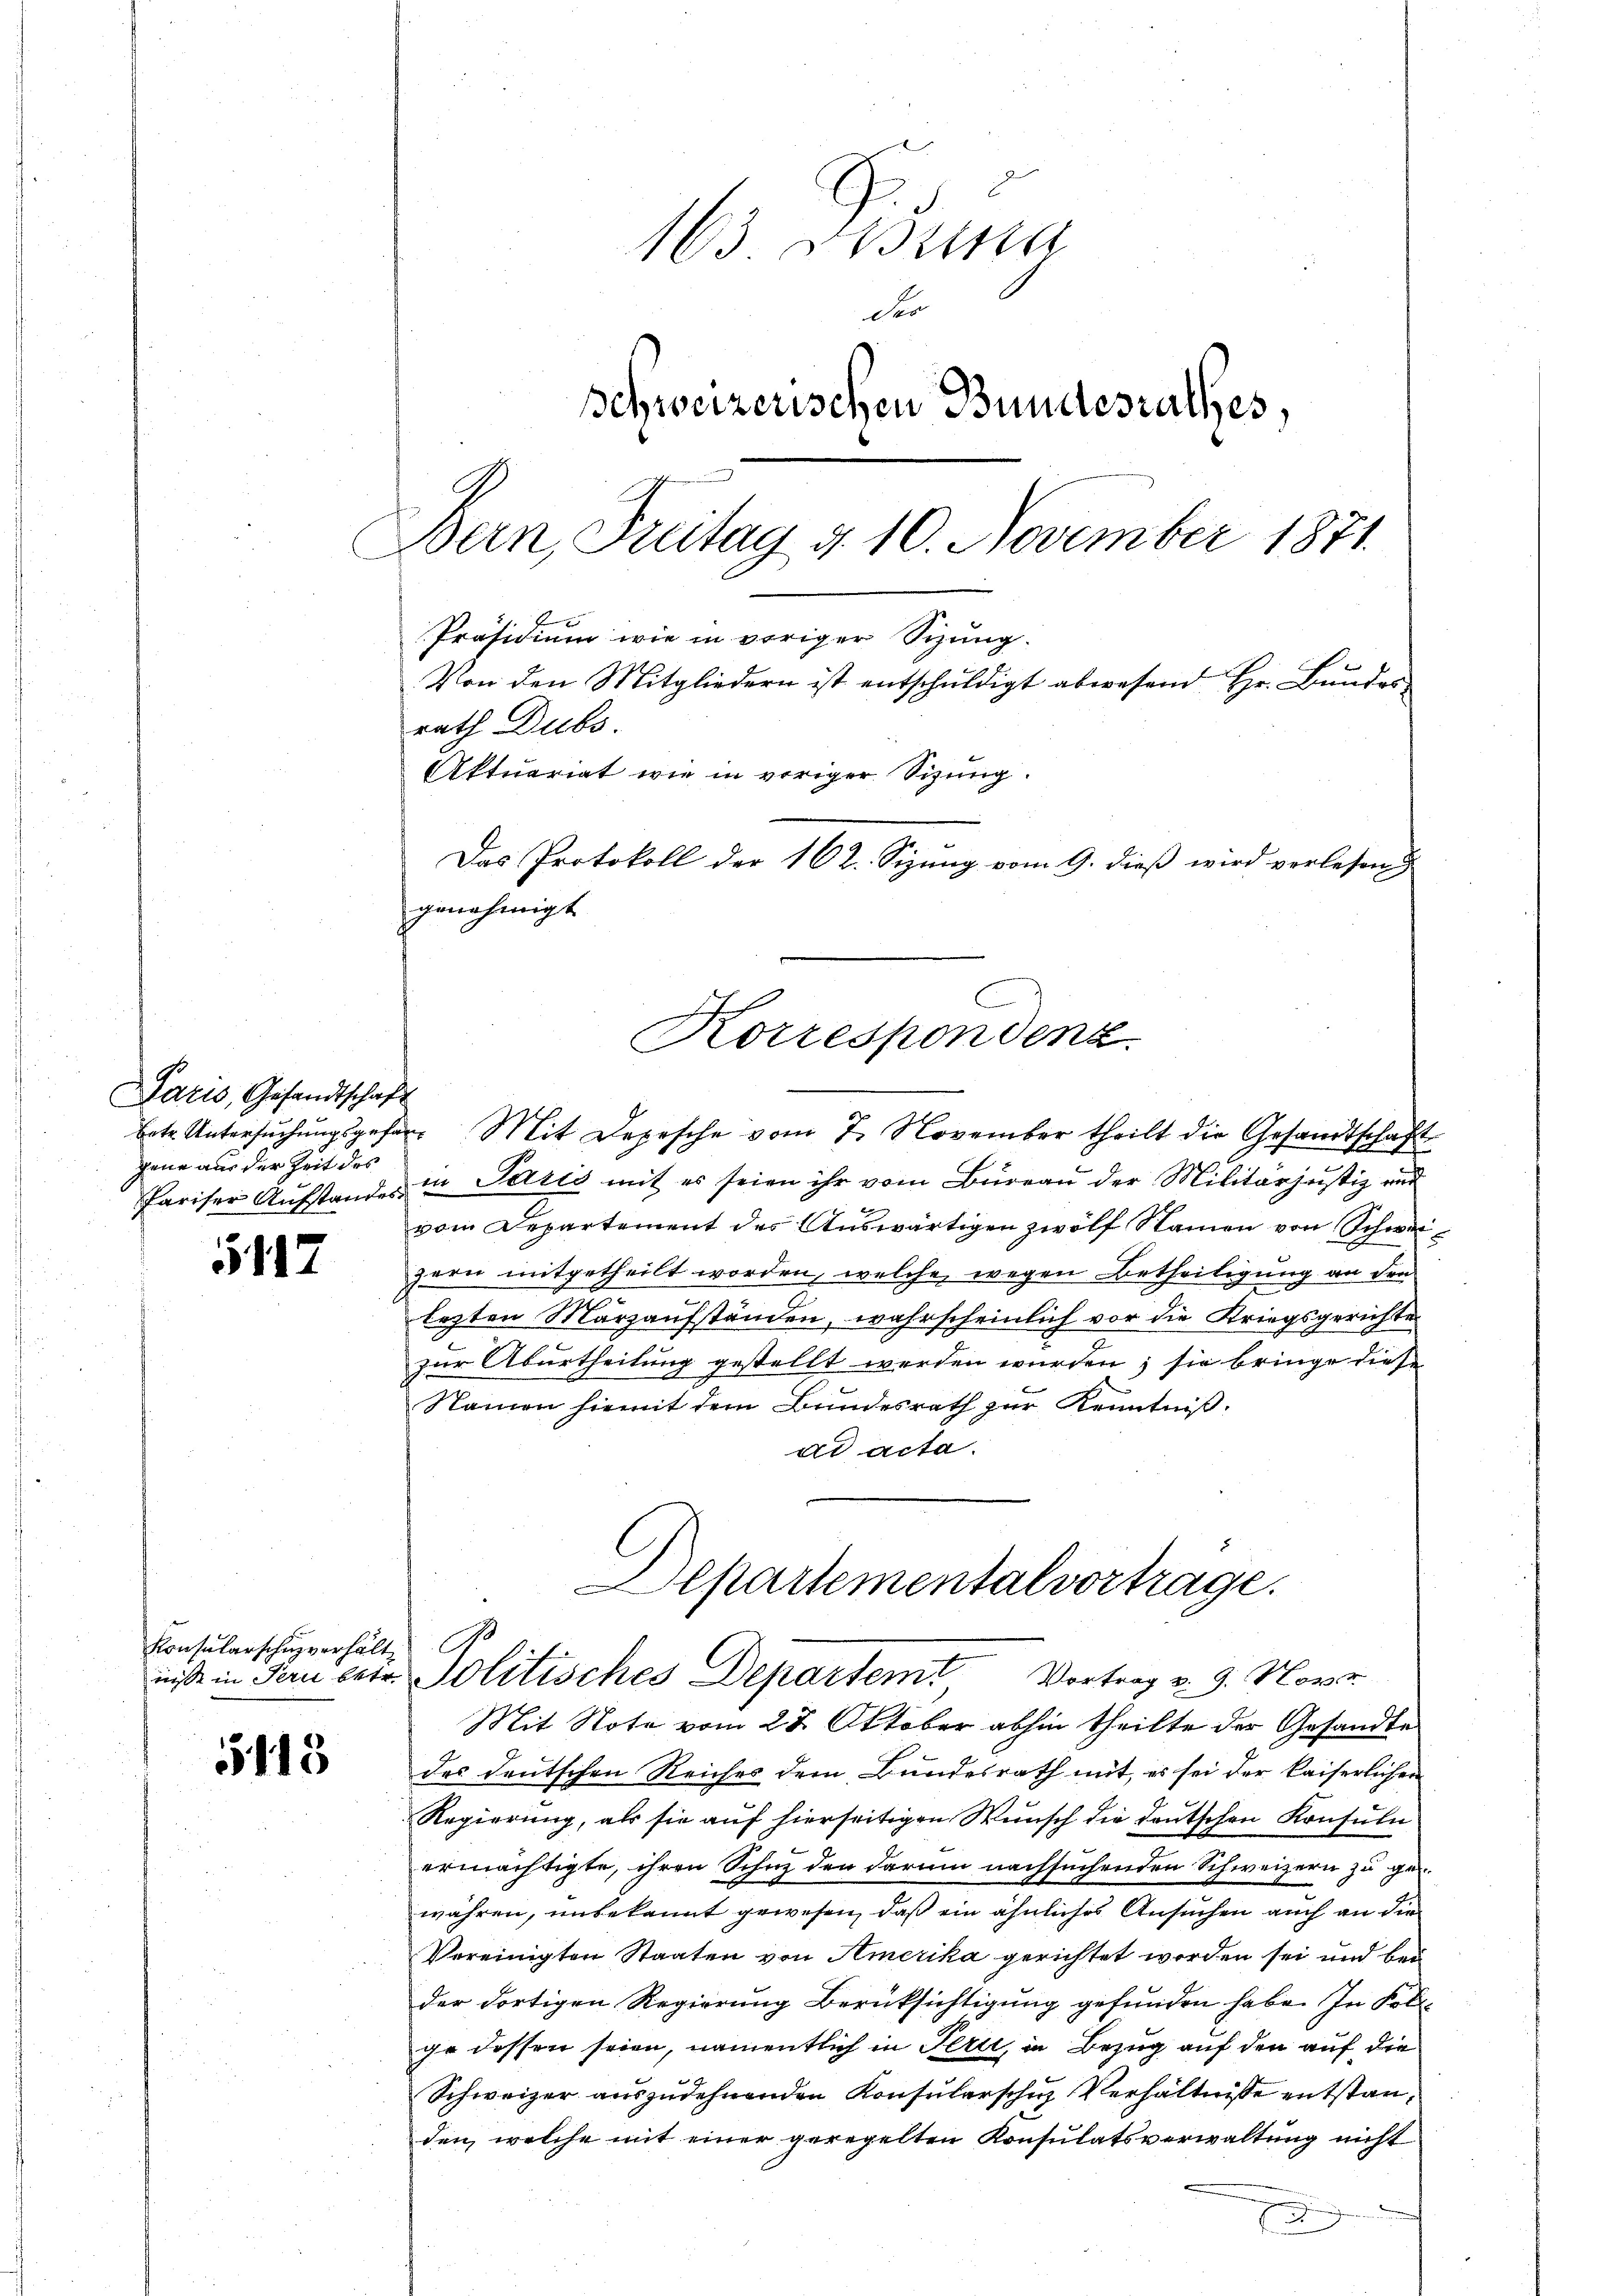
5117

5113

Paris, Gesandtschaft
jene aus der Zeit des

Konsularschuzverhält

163 Disena
des
schweizerischen Bundesrathes,
Bern, Freitag d. 10. November 1871
Präsidium wie in voriger Sizung.
Von den Mitgliedern ist entschuldigt abwesend Hr. Bundes
rath Dubs.
Aktuariat wie in voriger Sitzung.
Das Protokoll der 162. Sizung vom 9. dieß wird verlesen
genehmigt

betr. Untersŭchŭngsgesen Mit Depesche vom 7. November theilt die Gesandtschaft
Pariser Aŭfstandes in Paris mit es seien ihr vom Büreaŭ der Militärjŭstiz und

vom Departement des Auswärtigen zwölf Namen von Schweizern mitgetheilt worden, welche wegen Betheiligung an den
lezten Märzaufständen, wahrscheinlich vor die Kriegsgerichte
zur Aburtheilung gestellt werden wurden; sie bringe diese
Namen hiemit dem Bundesrath zur Kenntniß.
ad acta.
Departementalvertrage.

Korrespondenz

nis in Fern betr. Politisches Departemt, Vortrag v. 9. Nove

Mit Note vom 28. Oktober abhin theilte der Gesandte
des deutschen Reiches dem Bundesrath mit, es sei der kaiserlichen
Regierung, als sie auf hierseitigen Wunsch die deutschen Konsuln
ermächtigte, ihren Schutz den darum nachsuchenden Schweizern zu gewähren, unbekannt gewesen, daß ein ähnliches Ansuchen auch an die
Vereinigten Staaten von Amerika gerichtet worden sei und bei
der dortigen Regierung Berücksichtigung gefunden habe. In Foll
ge dessen seien, namentlich in Ferti, in Bezug auf den auf die
Schweizer auszudehnenden Konsularsche Verhältnisse entstanden, welche mit einer geregelten Konsulatsverwaltung nicht
E